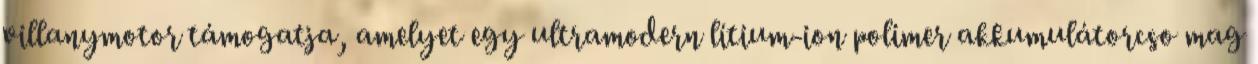
villanymotor támogatja, amelyet egy ultramodern lítium-ion polimer akkumulátorcso mag